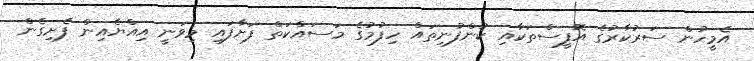
އެމީހުން ސަރުކާރުގެ އޮފީސްތަކާއި ކުންފުނިތައް ހިފުމުގެ މަސައްކަތް ފަށާފައި މިވަނީ އިއްޔެއިން ފެށިގެން